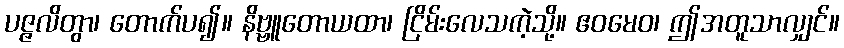
ပဇ္ဇလိတွာ၊ တောက်ပ၍။ နိဗ္ဗူတောယထာ၊ ငြိမ်းလေသကဲ့သို့။ ဧဝမေဝ၊ ဤအတူသာလျှင်။